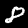
Label: 8